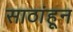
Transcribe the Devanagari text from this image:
साठांहून